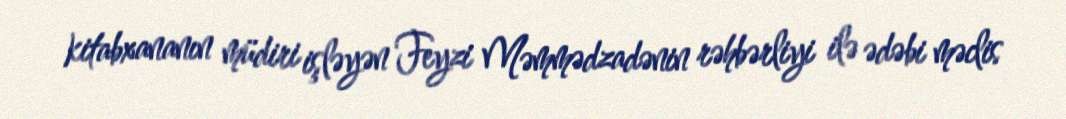
kitabxananın müdiri işləyən Feyzi Məmmədzadənin rəhbərliyi ilə ədəbi məclis